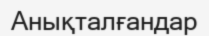
Анықталғандар